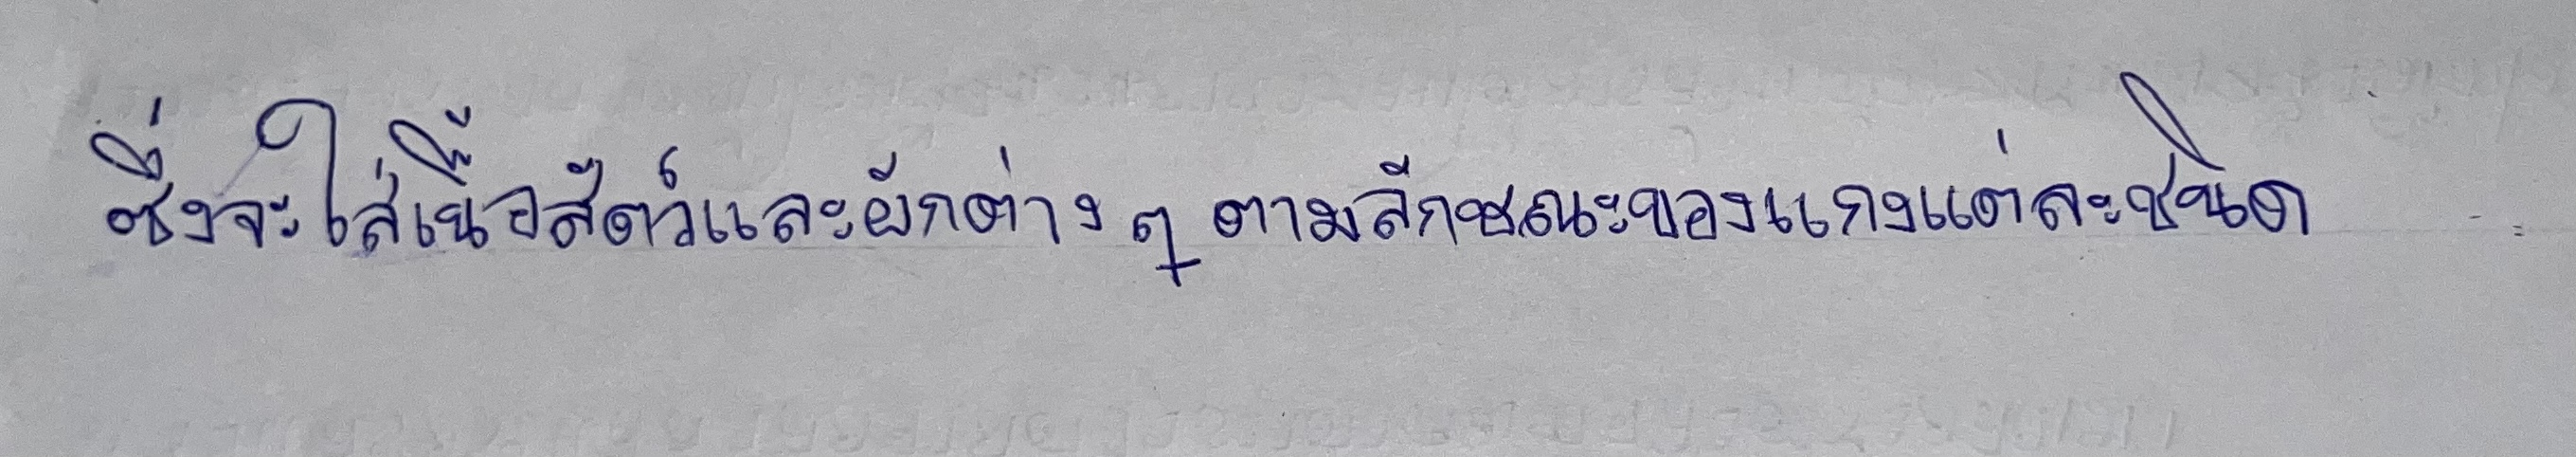
ซึ่งจะใส่เนื้อสัตว์และผักต่างๆตามลักษณะของแกงแต่ละชนิด